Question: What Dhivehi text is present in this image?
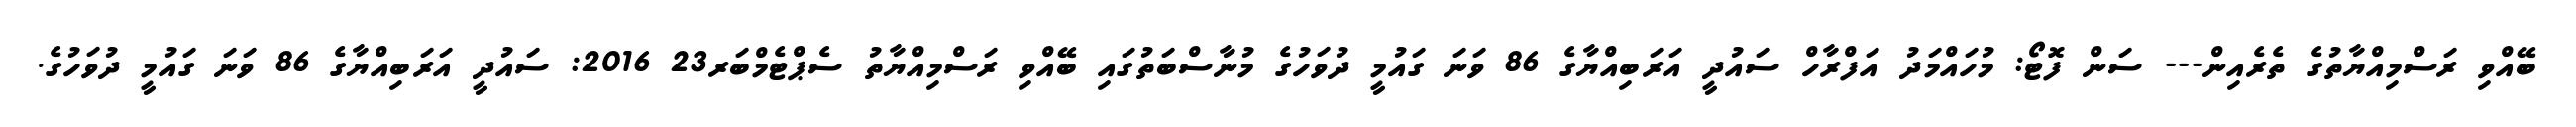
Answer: ބޭއްވި ރަސްމިއްޔާތުގެ ތެރެއިން--- ސަން ފޮޓޯ: މުހައްމަދު އަފްރާހް ސައުދީ އަރަބިއްޔާގެ 86 ވަނަ ގައުމީ ދުވަހުގެ މުނާސްބަތުގައި ބޭއްވި ރަސްމިއްޔާތު ސެޕްޓެމްބަރ23 2016: ސައުދީ އަރަބިއްޔާގެ 86 ވަނަ ގައުމީ ދުވަހުގެ.